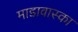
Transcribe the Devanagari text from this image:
माडावास्का